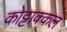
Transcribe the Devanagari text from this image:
कोट्टाक्कल